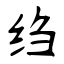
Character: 绉